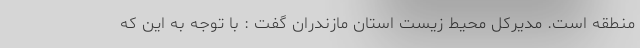
منطقه است. مدیرکل محیط زیست استان مازندران گفت : با توجه به این که